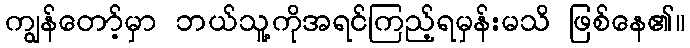
ကျွန်တော့်မှာ ဘယ်သူ့ကိုအရင်ကြည့်ရမှန်းမသိ ဖြစ်နေ၏။